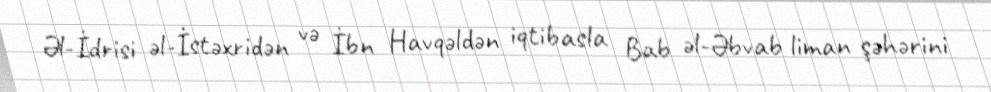
Əl-İdrisi əl-İstəxridən və İbn Havqəldən iqtibasla Bab əl-Əbvab liman şəhərini